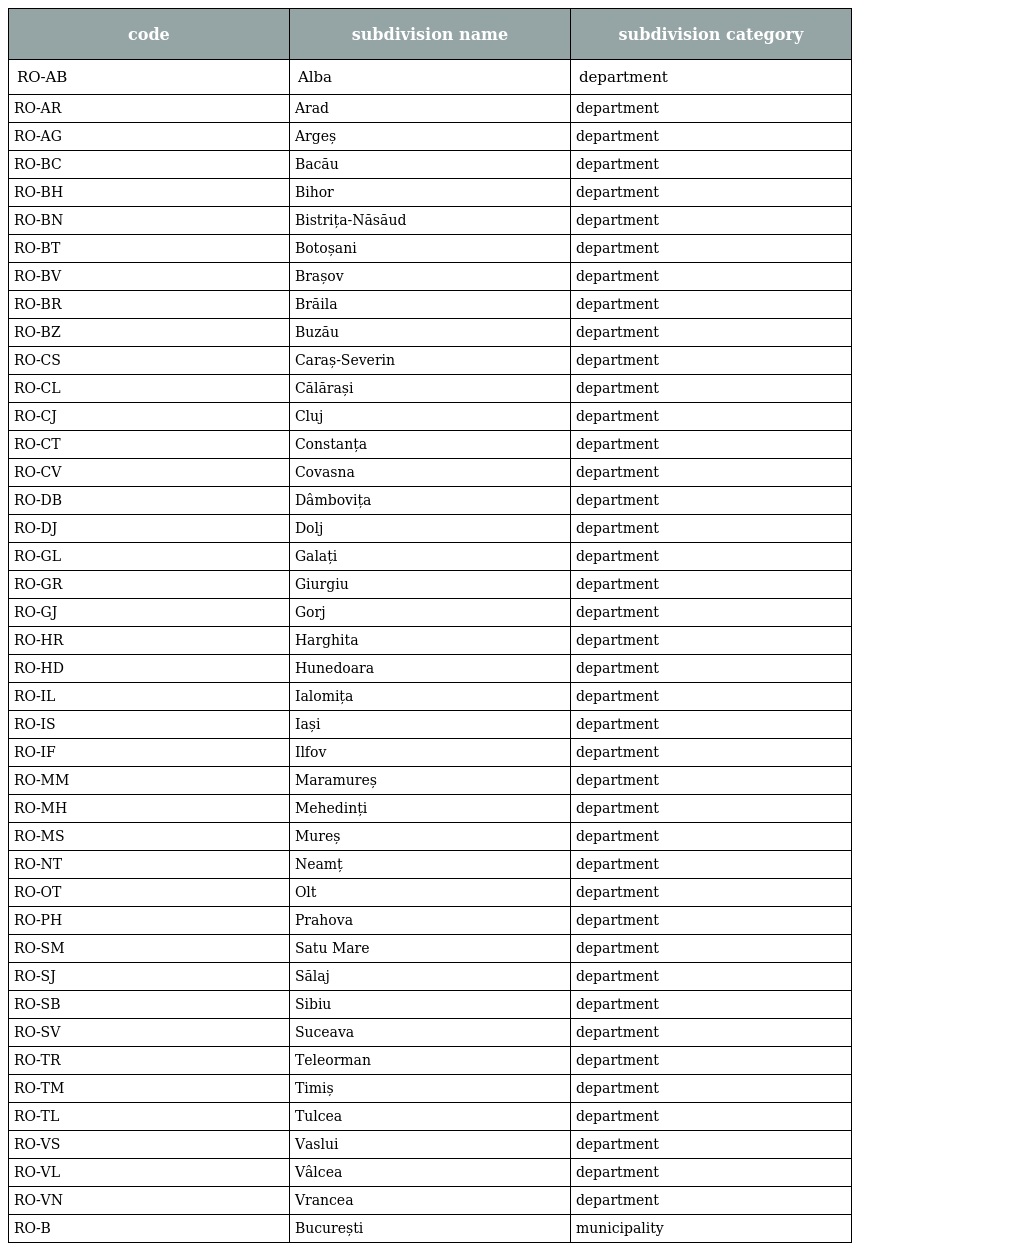
| code | subdivision name | subdivision category |
 | --- | --- | --- |
 | RO-AB | Alba | department |
 | RO-AR | Arad | department |
 | RO-AG | Argeș | department |
 | RO-BC | Bacău | department |
 | RO-BH | Bihor | department |
 | RO-BN | Bistrița-Năsăud | department |
 | RO-BT | Botoșani | department |
 | RO-BV | Brașov | department |
 | RO-BR | Brăila | department |
 | RO-BZ | Buzău | department |
 | RO-CS | Caraș-Severin | department |
 | RO-CL | Călărași | department |
 | RO-CJ | Cluj | department |
 | RO-CT | Constanța | department |
 | RO-CV | Covasna | department |
 | RO-DB | Dâmbovița | department |
 | RO-DJ | Dolj | department |
 | RO-GL | Galați | department |
 | RO-GR | Giurgiu | department |
 | RO-GJ | Gorj | department |
 | RO-HR | Harghita | department |
 | RO-HD | Hunedoara | department |
 | RO-IL | Ialomița | department |
 | RO-IS | Iași | department |
 | RO-IF | Ilfov | department |
 | RO-MM | Maramureș | department |
 | RO-MH | Mehedinți | department |
 | RO-MS | Mureș | department |
 | RO-NT | Neamț | department |
 | RO-OT | Olt | department |
 | RO-PH | Prahova | department |
 | RO-SM | Satu Mare | department |
 | RO-SJ | Sălaj | department |
 | RO-SB | Sibiu | department |
 | RO-SV | Suceava | department |
 | RO-TR | Teleorman | department |
 | RO-TM | Timiș | department |
 | RO-TL | Tulcea | department |
 | RO-VS | Vaslui | department |
 | RO-VL | Vâlcea | department |
 | RO-VN | Vrancea | department |
 | RO-B | București | municipality |